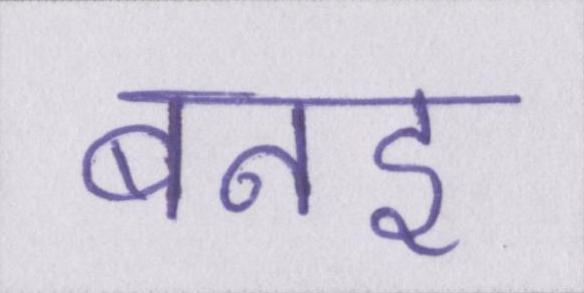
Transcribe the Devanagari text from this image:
बनइ